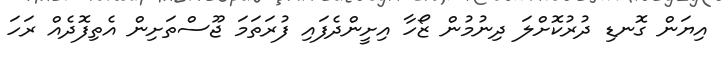
އިޔަން ގޮނޑި ދުރުކޮށްލަ ދިނުމުން ޒޯހާ އިށީންދެފައި ފުރަތަމަ ޖޫސްތަށިން އެތިފޮދެއް ރަހަ